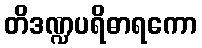
တိဒဏ္ဍပရိဓာရကော